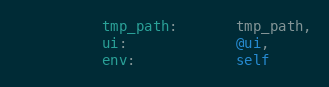
Language: Ruby
          tmp_path:       tmp_path,
          ui:             @ui,
          env:            self